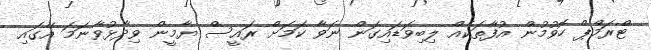
ޓްރަމްޕް ހޮވުމުން އުފާތަކެއް ލިބިވަޑައިގަން ނަވާ ކަމަށް ރައީސް ޔާމީން ވިދާޅުވާނަމަ އޭގައި